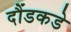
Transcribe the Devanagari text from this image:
दौंडकडे